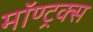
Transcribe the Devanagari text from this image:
मॉण्ट्रक्स